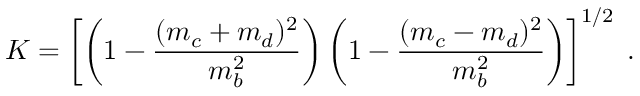
K = \left[ \left( 1 - \frac { ( m _ { c } + m _ { d } ) ^ { 2 } } { m _ { b } ^ { 2 } } \right) \left( 1 - \frac { ( m _ { c } - m _ { d } ) ^ { 2 } } { m _ { b } ^ { 2 } } \right) \right] ^ { 1 / 2 } \; .